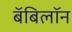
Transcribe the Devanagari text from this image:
बॅबिलॉन